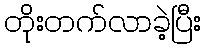
တိုးတက်လာခဲ့ပြီး